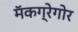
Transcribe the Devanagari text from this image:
मॅकग्रेगोर